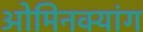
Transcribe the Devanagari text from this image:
ओमिनक्यांग